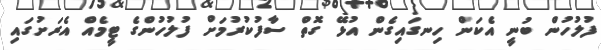
ފުލުހުން ބުނީ އެކަން ހިނގައިގެން އުޅޭ ގޮތް ސާފުކުރުމަށް ފުލުހުންގެ ޓީމެއް އެރަށުގައި